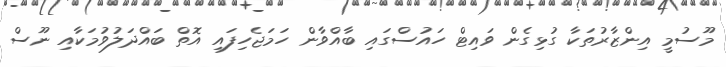
މޫސުމީ އިންޒާރުތަކާ ގުޅިގެން ވައިޓް ހައުސްގައި ބާއްވާން ހަމަޖެހިފައި އޮތް ބައްދަލުވުމަކާއި ނޫސް